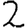
Digit: 2